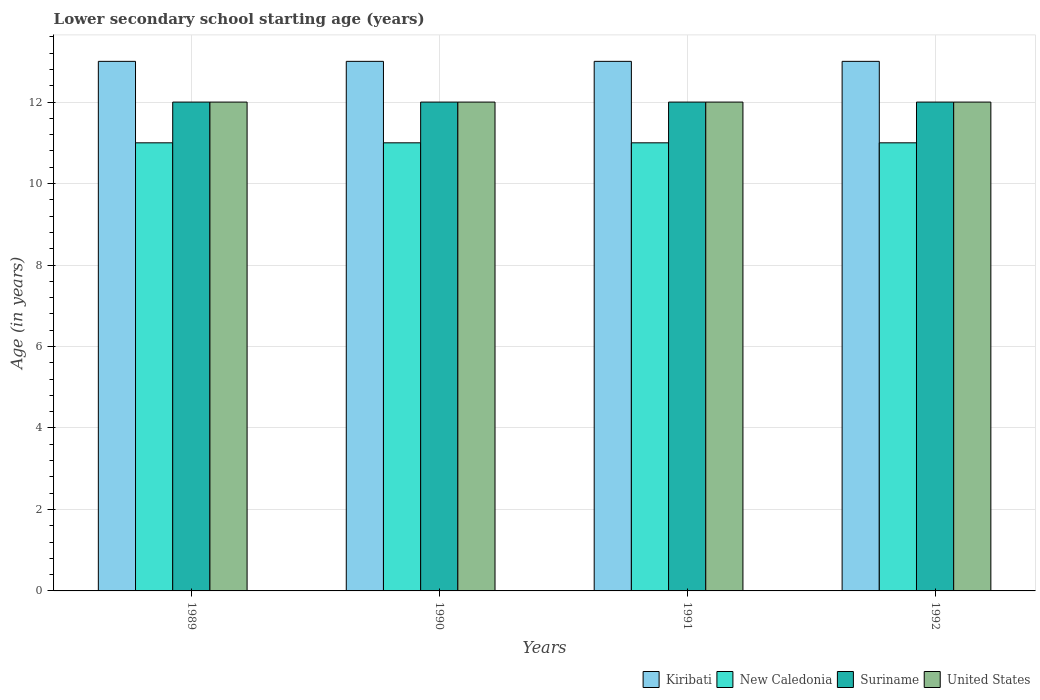
| Years | Kiribati | New Caledonia | Suriname | United States |
 | --- | --- | --- | --- | --- |
 | 1989 | 13 | 11 | 12 | 12 |
 | 1990 | 13 | 11 | 12 | 12 |
 | 1991 | 13 | 11 | 12 | 12 |
 | 1992 | 13 | 11 | 12 | 12 |